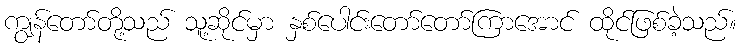
ကျွန်တော်တို့သည် သူ့ဆိုင်မှာ နှစ်ပေါင်းတော်တော်ကြာအောင် ထိုင်ဖြစ်ခဲ့သည်။